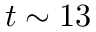
t \sim 1 3